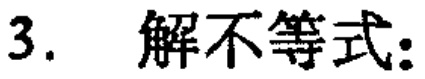
3. 解不等式: